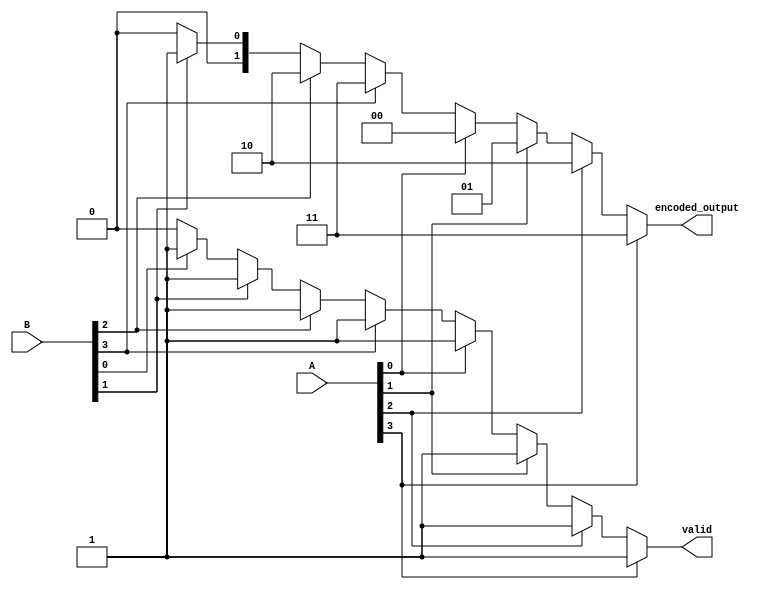
module DualPriorityEncoder (
    input  wire [3:0] A, // Set A inputs A0, A1, A2, A3
    input  wire [3:0] B, // Set B inputs B0, B1, B2, B3
    output reg  [1:0] encoded_output, // 2-bit output for encoding
    output reg        valid // Validity signal
);

// Priority Encoder Logic
always @(*) begin
    // Initialize outputs
    encoded_output = 2'b00;
    valid = 1'b0;

    // Check Set A first (higher priority)
    if (A[3]) begin
        encoded_output = 2'b11; // A3
        valid = 1'b1;
    end else if (A[2]) begin
        encoded_output = 2'b10; // A2
        valid = 1'b1;
    end else if (A[1]) begin
        encoded_output = 2'b01; // A1
        valid = 1'b1;
    end else if (A[0]) begin
        encoded_output = 2'b00; // A0
        valid = 1'b1;
    end
    // Check Set B only if no inputs from Set A are active
    else if (B[3]) begin
        encoded_output = 2'b11; // B3
        valid = 1'b1;
    end else if (B[2]) begin
        encoded_output = 2'b10; // B2
        valid = 1'b1;
    end else if (B[1]) begin
        encoded_output = 2'b01; // B1
        valid = 1'b1;
    end else if (B[0]) begin
        encoded_output = 2'b00; // B0
        valid = 1'b1;
    end
end

endmodule